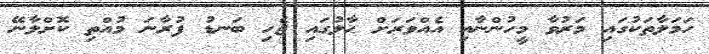
ހަމަލާތަކުގައި މަރުވާ މީހުންނާއި އެއްވަރަށް ޙާލުގައި ޖެހި ބަނޑު ފުރާނަ މުއްތި ކޮށްލާނޭ